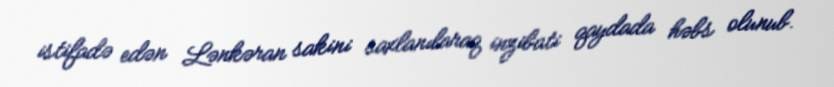
istifadə edən Lənkəran sakini saxlanılaraq inzibati qaydada həbs olunub.